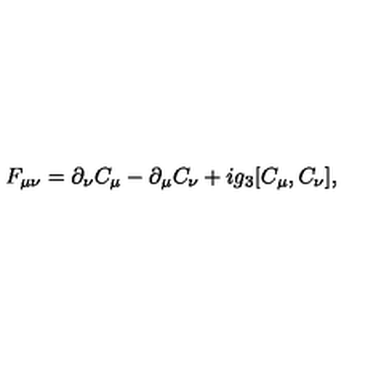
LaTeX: F _ { \mu \nu } = \partial _ { \nu } C _ { \mu } - \partial _ { \mu } C _ { \nu } + i g _ { 3 } [ C _ { \mu } , C _ { \nu } ] ,